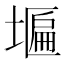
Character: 𮰩